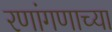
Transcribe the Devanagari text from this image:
रणांगणाच्या